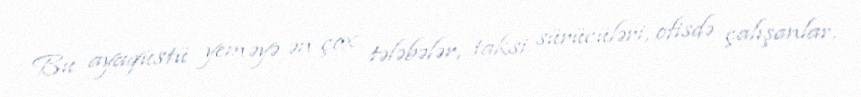
Bu ayaqüstü yeməyə ən çox tələbələr, taksi sürücüləri, ofisdə çalışanlar,